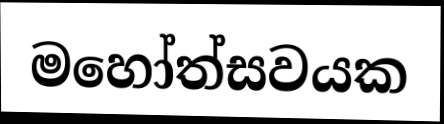
මහෝත්සවයක